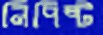
নিপিষ্ট